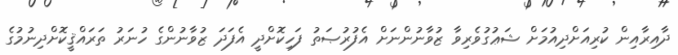
ދާއިރާއިން ކުރިއަށްދިއުމަށް ޝަޢުގުވެރިވާ ޒުވާނުންނަށް އެފުރުޞަތު ފަހިކޮށްދީ އެފަދަ ޒުވާނުންގެ ހުނަރު ތަރައްޤީކޮށްދިނުމުގެ